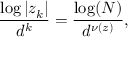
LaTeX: { \frac { \log | z _ { k } | } { d ^ { k } } } = { \frac { \log ( N ) } { d ^ { \nu ( z ) } } } ,